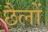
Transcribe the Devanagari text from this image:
छैलों